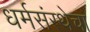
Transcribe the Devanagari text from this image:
धर्मसंस्थेचा